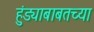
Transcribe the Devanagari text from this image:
हुंड्याबाबतच्या